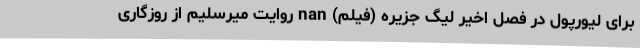
برای لیورپول در فصل اخیر لیگ جزیره (فیلم) nan روایت میرسلیم از روزگاری